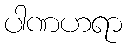
ပါဏဟရာ